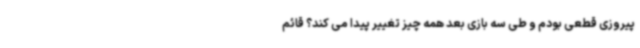
پیروزی قطعی بودم و طی سه بازی بعد همه چیز تغییر پیدا می کند؟ قائم